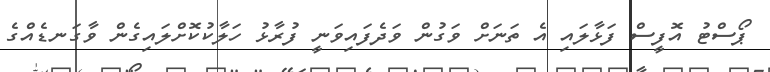
ޕޯސްޓު އޮފީސް ފަޅާލައި އެ ތަނަށް ވަގުން ވަދެފައިވަނީ ފުރާޅު ހަލާކުކޮށްލައިގެން ވާގަނޑެއްގެ